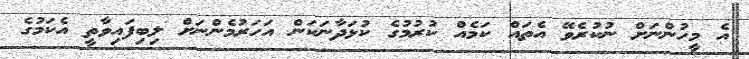
އެ މީހުންނަށް ނުކުރެވޭ އެތައް ކަމެއް ކުރުމުގެ ކުޅަދާނަކަން އަހަރުމެންނަށް ލިބިފައިވާތީ އެކަމުގެ